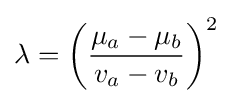
\lambda =\left({\frac {\mu _{a}-\mu _{b}}{v_{a}-v_{b}}}\right)^{2}